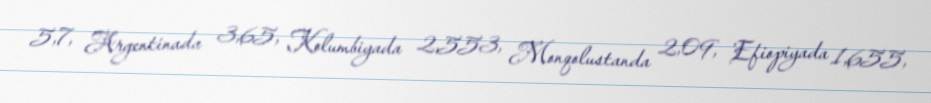
5,7, Argentinada 3,65, Kolumbiyada 2,553, Monqolustanda 2,09, Efiopiyada 1,655,